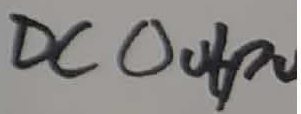
Text: DCOUTPUT